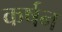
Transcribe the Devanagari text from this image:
कर्षन